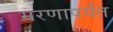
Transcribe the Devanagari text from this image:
मरणापर्यंत